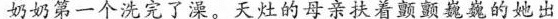
奶奶第一个洗完了澡。天灶的母亲扶着颤颤巍巍的她出